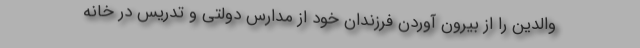
والدین را از بیرون آوردن فرزندان خود از مدارس دولتی و تدریس در خانه